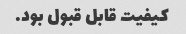
کیفیت قابل قبول بود.